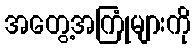
အတွေ့အကြုံများကို